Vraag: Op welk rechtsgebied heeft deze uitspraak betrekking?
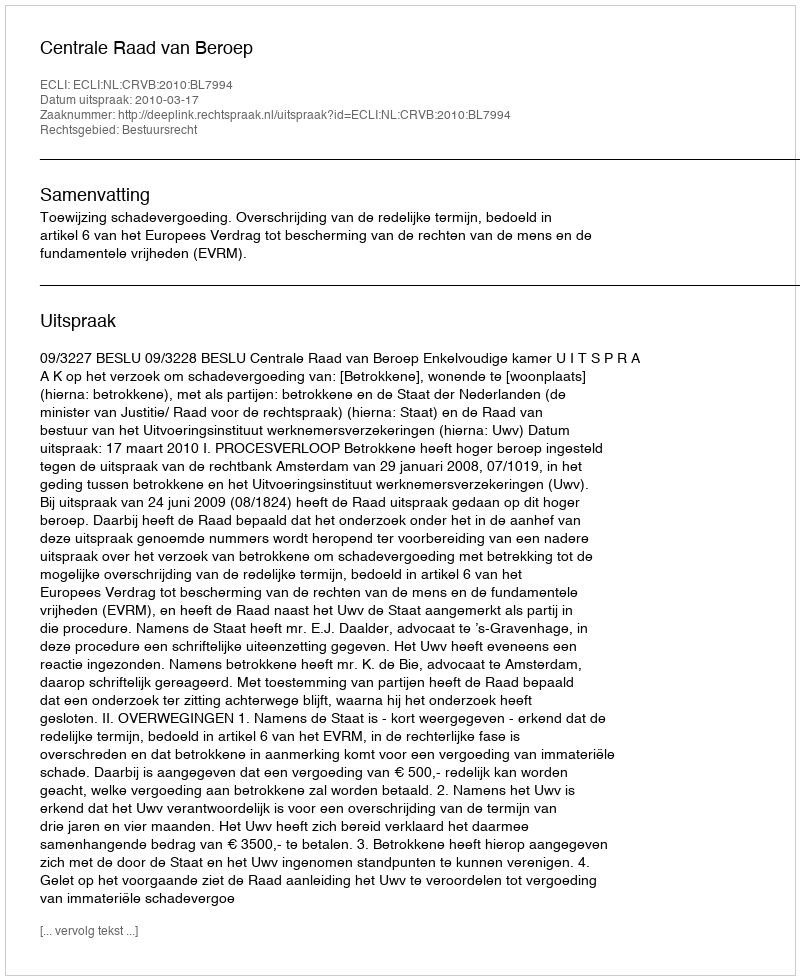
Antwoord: Bestuursrecht